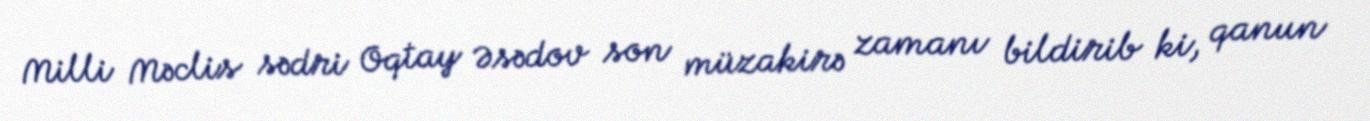
Milli Məclis sədri Oqtay Əsədov son müzakirə zamanı bildirib ki, qanun